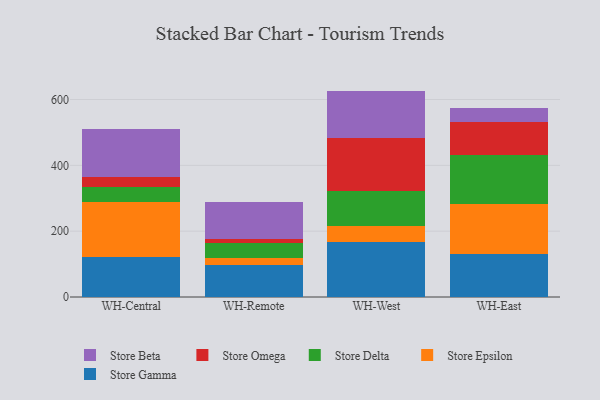
{"axis": {"x": "Warehouse", "y": "Budget (USD K)"}, "legend": ["Store Beta", "Store Delta", "Store Epsilon", "Store Gamma", "Store Omega"], "data": [{"x": "WH-Central", "y": 120.4, "type": "Store Gamma"}, {"x": "WH-Central", "y": 167.4, "type": "Store Epsilon"}, {"x": "WH-Central", "y": 47.5, "type": "Store Delta"}, {"x": "WH-Central", "y": 27.8, "type": "Store Omega"}, {"x": "WH-Central", "y": 148.5, "type": "Store Beta"}, {"x": "WH-Remote", "y": 98.5, "type": "Store Gamma"}, {"x": "WH-Remote", "y": 19.2, "type": "Store Epsilon"}, {"x": "WH-Remote", "y": 46.6, "type": "Store Delta"}, {"x": "WH-Remote", "y": 11.4, "type": "Store Omega"}, {"x": "WH-Remote", "y": 113.6, "type": "Store Beta"}, {"x": "WH-West", "y": 165.6, "type": "Store Gamma"}, {"x": "WH-West", "y": 50.9, "type": "Store Epsilon"}, {"x": "WH-West", "y": 105.0, "type": "Store Delta"}, {"x": "WH-West", "y": 161.8, "type": "Store Omega"}, {"x": "WH-West", "y": 143.0, "type": "Store Beta"}, {"x": "WH-East", "y": 130.3, "type": "Store Gamma"}, {"x": "WH-East", "y": 152.2, "type": "Store Epsilon"}, {"x": "WH-East", "y": 148.4, "type": "Store Delta"}, {"x": "WH-East", "y": 100.7, "type": "Store Omega"}, {"x": "WH-East", "y": 41.9, "type": "Store Beta"}]}